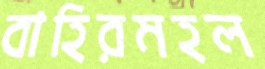
বাহিরমহল